Burma Government Medical School reports 1907-22
Year: 1907
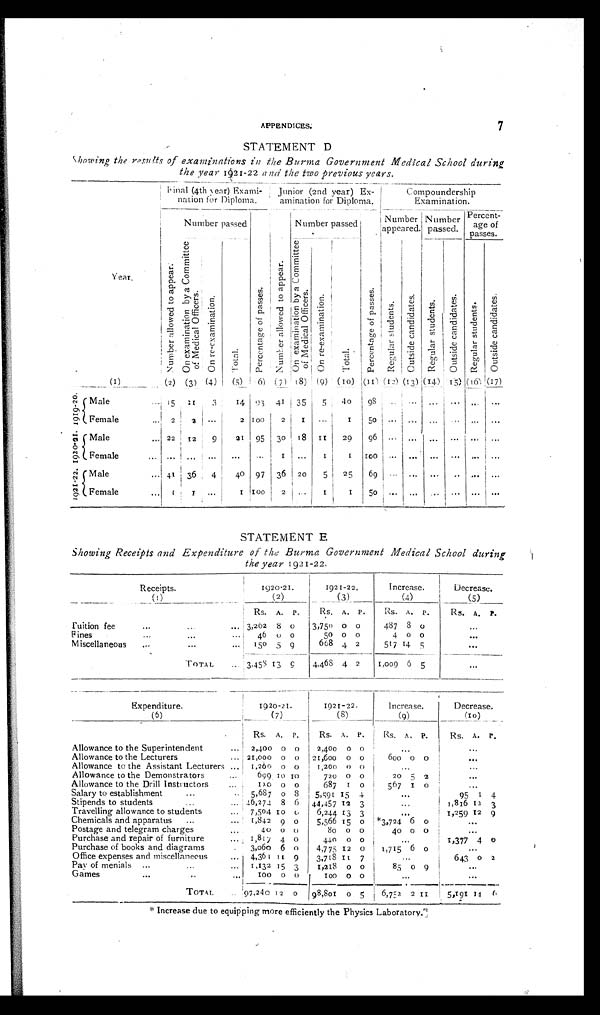
APPENDICES. 7
STATEMENT D
Showing the results of examinations in the Burma Government Medical School during
the year 1921-22 and the two previous years.
Y e a r .
Final (4th year) Exami-
nation for Diploma.
Junior (2nd year) Ex-
amination for Diploma.
Compoundership
Examination.
N u m b e r a l l o w e d t o a p p e a r .
Number passed
P e r c e n t a g e o f p a s s e s .
N u m b e r a l l o w e d t o a p p e a r .
Number passed
P e r c e n t a g e o f p a s s e s .
Number
appeared.
Number
passed.
Percent-
age of
passes.
O n e x a m i n a t i o n b y a C o m m i t t e e o f M e d i c a l O f f i c e r s .
O n r e - e x a m i n a t i o n .
Total
O n e x a m i n a t i o n b y a C o m m i t t e e o f M e d i c a l O f f i c e r s .
O n r e - e x a m i n a t i o n .
Total.
R e g u l a r s t u d e n t s .
O u t s i d e c a n d i d a t e s . R e g u l a r s t u d e n t s .
O u t s i d e c a n d i d a t e s .
R e g u l a r s t u d e n t s .
O u t s i d e c a n d i d a t e s .
(1)
(2) (3) (4)
(5) (6) (7) (8) (9) (10) (11) (12) (13)
(14) (15)
(16) (17)
1919-20 Male
... 15 11
3
14 93 41 35
5 40 98 ... ... ... ... ... ...
Female
... 2
2
. . .
2 100
2 1 ...
1
50 ... ... ... .........
1920-21 Male
... 22 12
9
21 95 30 18 11 29 96 ... ... ... ... ... ...
Female
............ ... 1 ...
1 1
100...
. . . ............
1921-22
Male ... 41 36
4
40 97 36 20
5
25
69 ... ...............
Female ...
1 1 ...
1 100 2 ... 1
1 50 ... ... ... ... ... ...
STATEMENT E
Showing Receipts and Expenditure of the Burma Government Medical School during
the year 1 921-2 2.
Receipts.
1920.21.
1921-22.
Increase.
Decrease.
(1)
(2)
(3)
(4)
(5)
RS. A. P.
Rs. A. P.
Rs. A. p.
Rs. A. P.
Tuition fee
... ...
3,262 8 0
3,750 0 0
487 8 0
...
Fines
...
...
46 0 0
50 0 0
4 0 0
...
Miscellaneous
... ...
...
150 5 9
668 4 2
517 14 5
...
TOTAL
... 3,458 13 9
4,468 4 2
1,009 6 5
...
Expenditure.
1920-21.
1921-22.
Increase.
Decrease.
(6)
(7)
(8)
(9)
(10)
Rs. A. P.
Rs. A. P.
Rs. A. P.
Rs. A. P.
Allowance to the Superintendent
... 2,400 0 0
2,400 0 0
...
...
Allowance to the Lecturers
... 21,000 0 0 21,600 0 0
600
0 0 ...
Allowance to the Assistant Lecturers ... 1,200 0 0
1,200 0 0
...
...
Allowance to the Demonstrators
...
699 10 10
720 0 0
20 5 2
...
Allowance to the Drill Instructors
...
120 0 0
687 1 0
567 1 0 ...
Salary to establishment ...
5,687 0 8
5,591 15 4
...
95 1 4
Stipends to students ...
46,274 8 6 44,457 12 3
...
1,816 12 3
Travelling allowance to students
... 7,504 10 0
6,244 13 3
...
1,259 12 9
Chemicals and apparatus
... ...
1,842 9 0
5,566 15 0 *3,724
6 0
...
Postage and telegram charges..
.
... 40
0 0
80 0 0
40 0 0
...
Purchase and repair of furniture
... 1,817 4 0
440 0 0
...
1,377 4 0
Purcha se of books and diagrams ... 3,060 6 0
4,775 12 0
1,715 6 0 ...
Office expenses and miscellaneous
... 4,361 11 9
3,718 11 7
...
643
0 2
Pay of menials ... ...
1,132 15 3
1,218 0 0
85 0 9 ...
Games
... ... ...
100 0 0
100 0 0 ...
...
TOTAL
... 97,240 1 2 0 98,801 0 5
6,752 2 11
5,191 14 6
*Increase due to equipping more efficiently the Physics Laboratory.